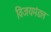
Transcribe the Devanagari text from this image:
विजयमंडल